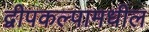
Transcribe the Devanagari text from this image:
द्वीपकल्पामधील